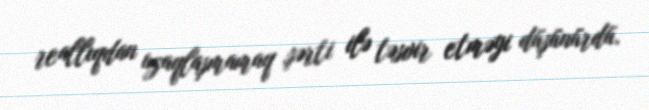
reallıqdan uzaqlaşmamaq şərti ilə təsvir etməyi düşünürdü.